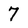
Character: 7